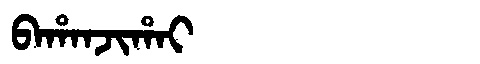
Manchu: ᠪᠠᡥᠠᠨᠵᡳᡥᠠᡳ
Romanization: BAHANJIHAI